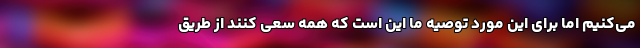
می‌کنیم اما برای این مورد توصیه ما این است که همه سعی کنند از طریق